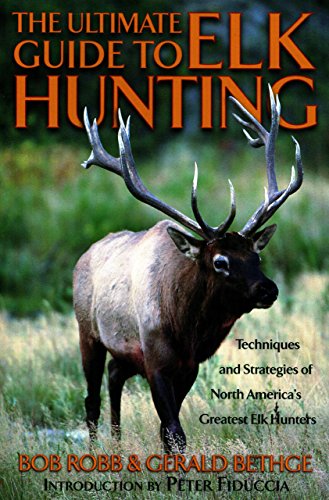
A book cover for Ultimate Guide to Elk Hunting; Bob Robb; Sports & Outdoors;